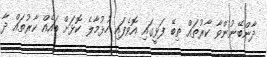
ދާންބޭނުންވާ ކާރުތައް ތިބޭ ފަޅީގައި އޮވެފައި ހުޅުމާލެ ކޮޅަށް ބައެއް ކާރުތައް ދާ